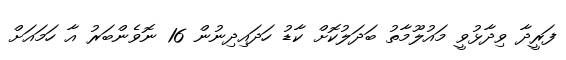
ފަރީދާ ވިދާޅުވީ މައުލޫމާތު ބަދަލުކޮށް ކާޑު ހަދައިދިނުން 16 ނޮވެންބަރު އާ ހަމައަށް